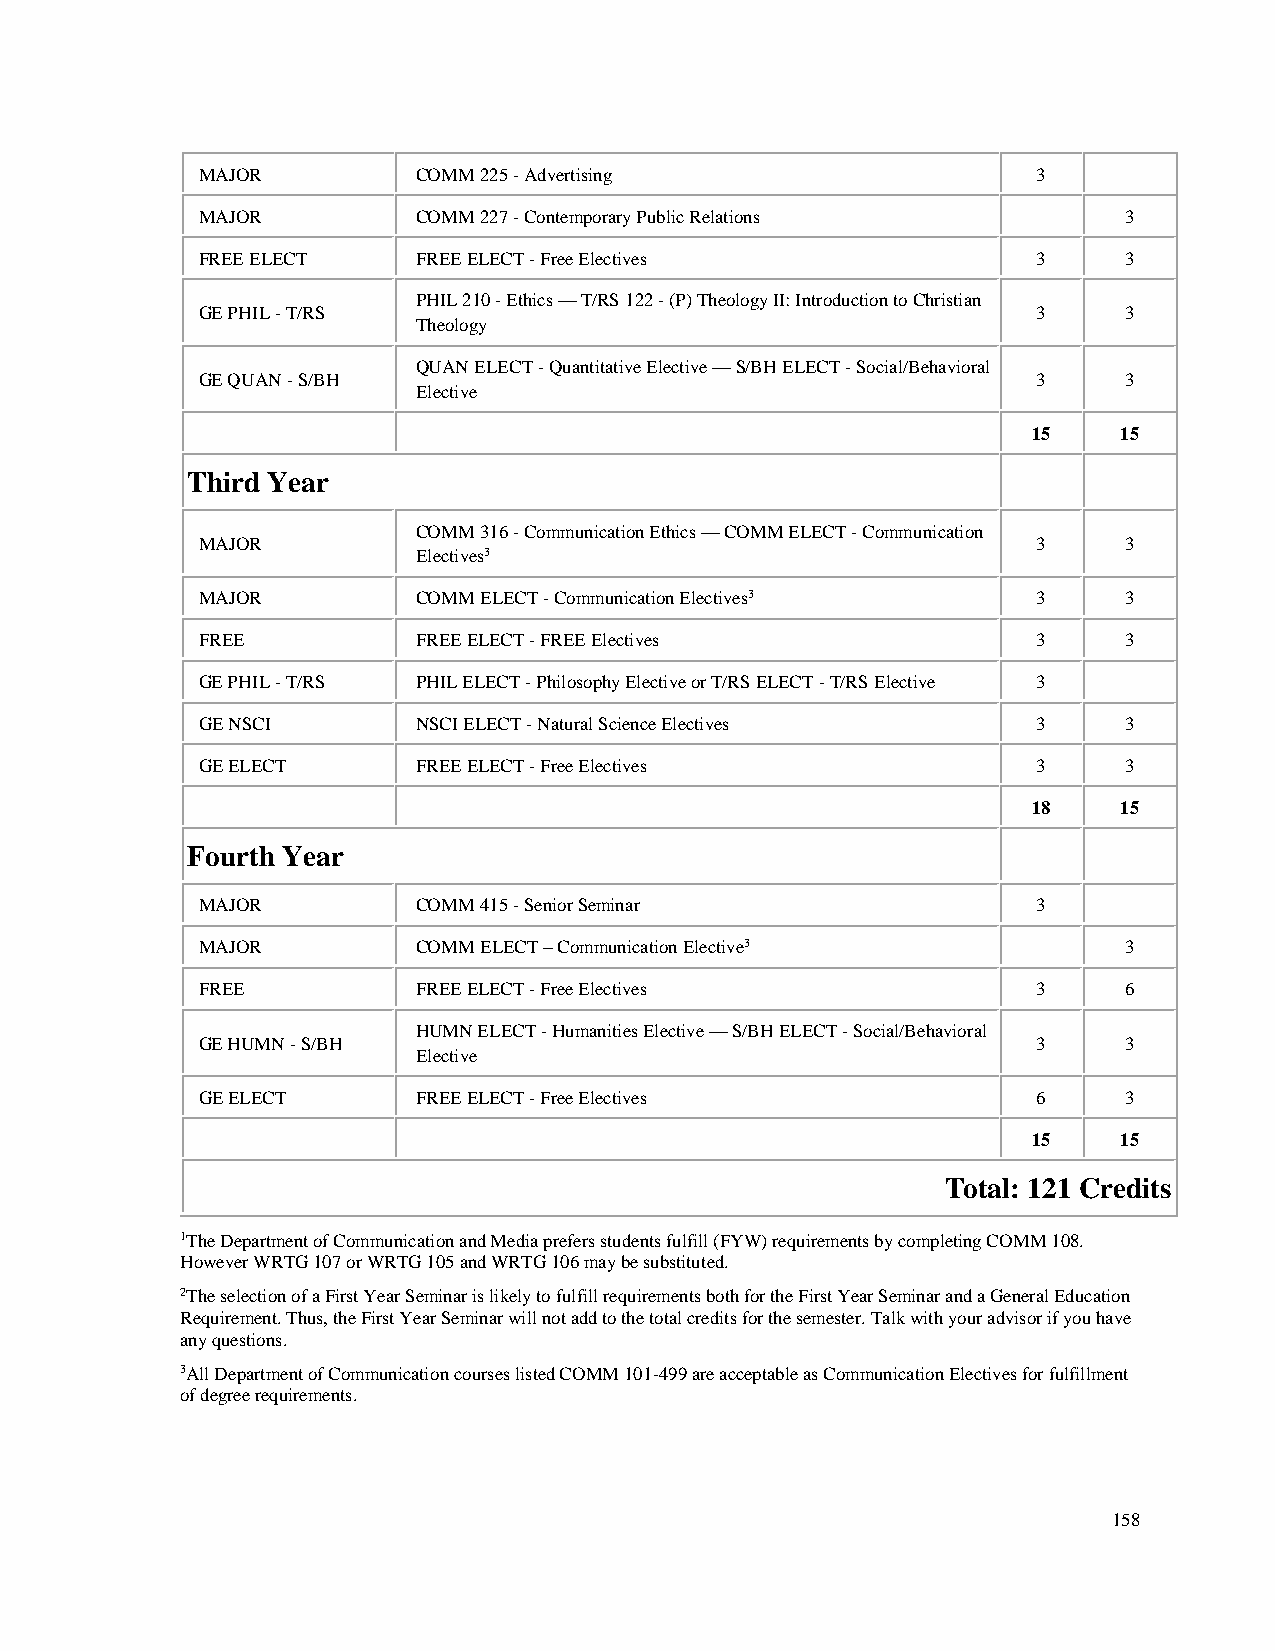
MAJOR          COMM 225 - Advertising                   3
 MAJOR          COMM 227 - Contemporary Public Relations      3
 FREE ELECT     FREE ELECT - Free Electives              3    3
 PHIL 210 - Ethics — T/RS 122 - (P) Theology II: Introduction to Christian
 GE PHIL - T/RS                                          3    3
 Theology
 QUAN ELECT - Quantitative Elective — S/BH ELECT - Social/Behavioral
 GE QUAN - S/BH                                          3    3
 Elective
 15    15
 Third Year
 COMM 316 - Communication Ethics — COMM ELECT - Communication
 MAJOR                                                   3    3
 Electives3
 MAJOR          COMM ELECT - Communication Electives3    3    3
 FREE           FREE ELECT - FREE Electives              3    3
 GE PHIL - T/RS PHIL ELECT - Philosophy Elective or T/RS ELECT - T/RS Elective 3
 GE NSCI        NSCI ELECT - Natural Science Electives   3    3
 GE ELECT       FREE ELECT - Free Electives              3    3
 18    15
 Fourth Year
 MAJOR          COMM 415 - Senior Seminar                3
 MAJOR          COMM ELECT – Communication Elective3          3
 FREE           FREE ELECT - Free Electives              3    6
 HUMN ELECT - Humanities Elective — S/BH ELECT - Social/Behavioral
 GE HUMN - S/BH                                          3    3
 Elective
 GE ELECT       FREE ELECT - Free Electives              6    3
 15    15
 Total: 121 Credits
 1The Department of Communication and Media prefers students fulfill (FYW) requirements by completing COMM 108.
 However WRTG 107 or WRTG 105 and WRTG 106 may be substituted.
 2The selection of a First Year Seminar is likely to fulfill requirements both for the First Year Seminar and a General Education
 Requirement. Thus, the First Year Seminar will not add to the total credits for the semester. Talk with your advisor if you have
 any questions.
 3All Department of Communication courses listed COMM 101-499 are acceptable as Communication Electives for fulfillment
 of degree requirements.
 158